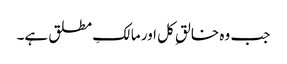
جب وہ خالقِ کل اور مالکِ مطلق ہے۔